Scottish Leaving Certificate Examination, 1955
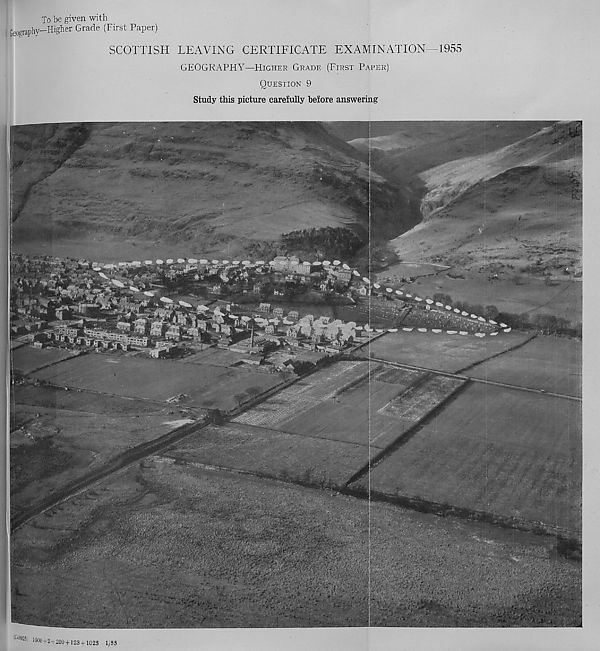
To be given with
Geography-Higher Grade (First Paper)
SCOTTISH LEAVING CERTIFICATE EXAMINATION—1955
GEOGRAPHY—HIGHER GRADE (FIRST PAPER)
QUESTION 9
Study this picture carefully before answering
'
.
Si
V,i „
1C«8!S|
1600 + 2 + 200 + 123+10 25 1/55